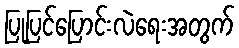
ပြုပြင်ပြောင်းလဲရေးအတွက်